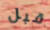
قبل